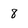
Character: 8